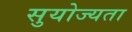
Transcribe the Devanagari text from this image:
सुयोज्यता